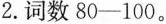
2.词数80-100。